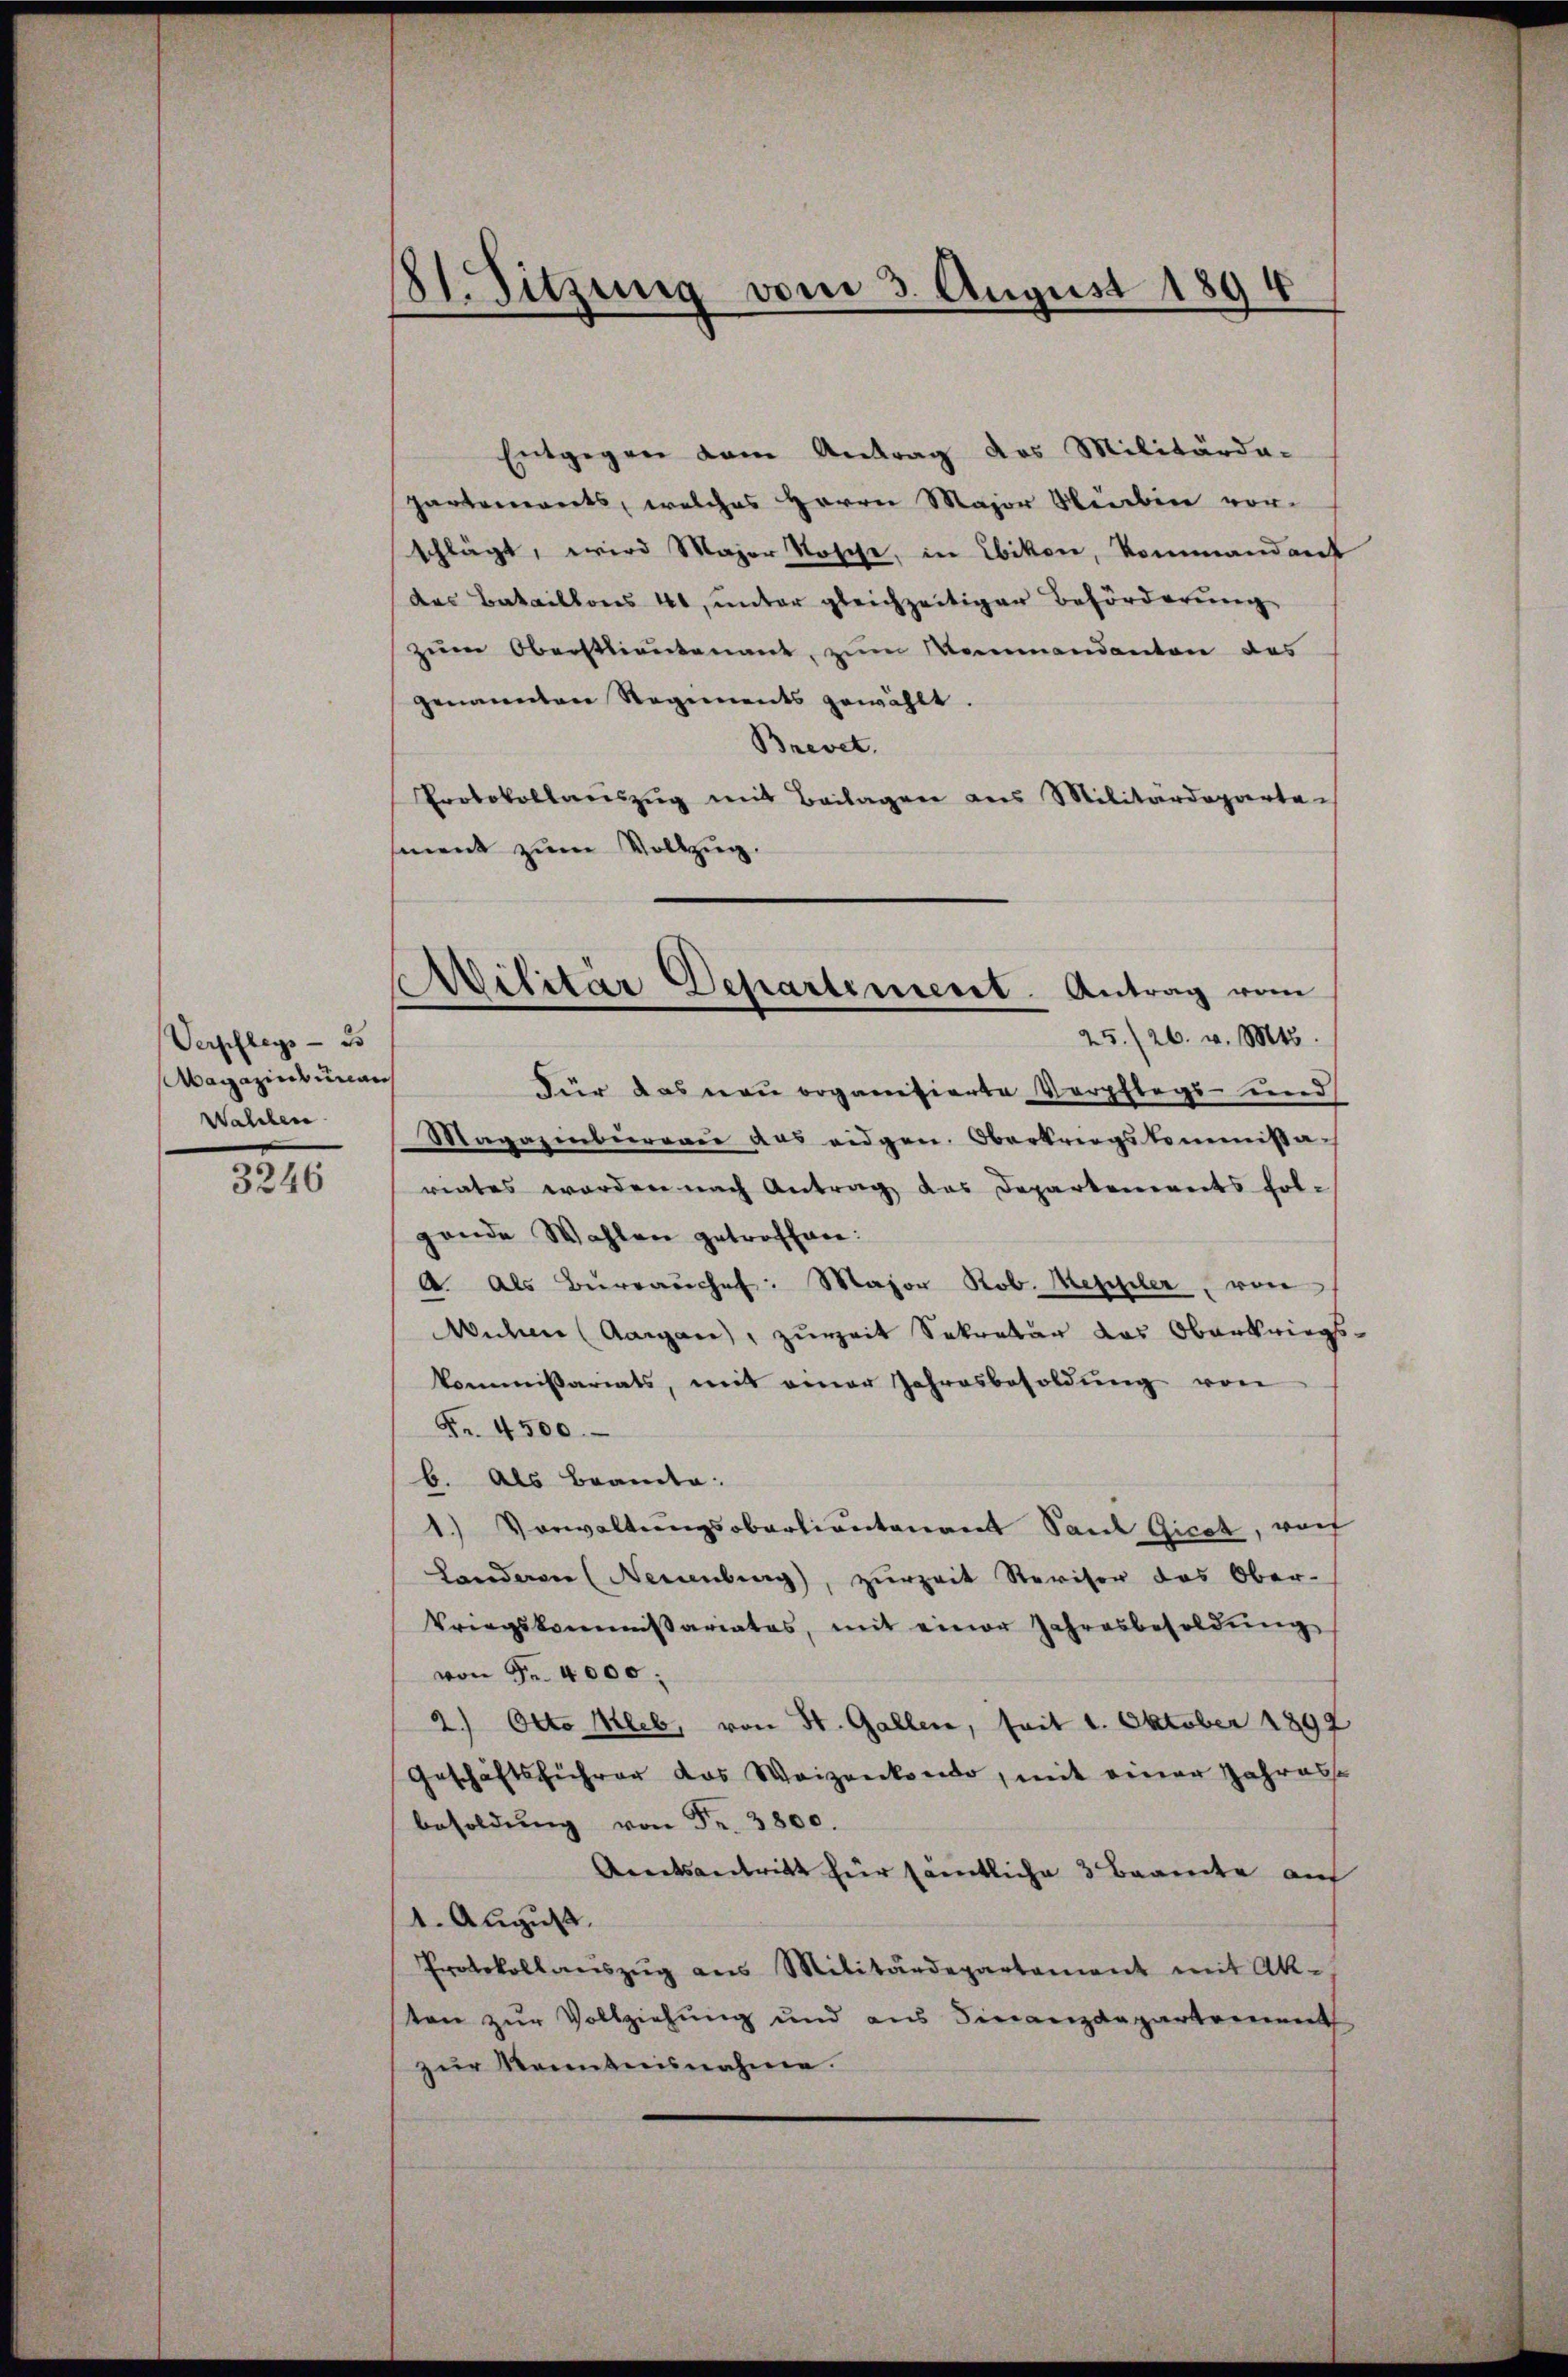
Verpflegs - 25
Magazins unan
Walchen

3246

81. Sitzung vom 3. August 1894

Entgegen vom Antrag des Militärda-
hartements, welches Herrn Major Neben vor-
schlägt, wird Major Rosche, in Ebikon, Kommandant
das Bataillons 41, unter gleichzeitiger Beförderung
zum Oberstlieutenant, zum Mommandanton des
genannten Regiments gewählt.
Brevet.
Protokollaŭszŭg mit Beilagen aus Militärdeparte
ment zum Vollzug.

Ailitär Departement Antrag vom
25./26. v. Mts.

Für das neu organisierte Verpflegs- und
Magazinsererer aus eidgen. Oberkriegskommissa-
riates worden nach Antrag das Departements fol-
gende Wahlen getroffen:
A. Als Büreaŭchef: Major Rob. Meppler, von
Wehner (Aargau, zureit Sekretär das Oberkriegskommissariats, mit einer Jahresbesoldung von
Fr. 4500.
b. Als Beamte:
1.) Vorwaltungsobartientenant Paul Gicch, woch
Landeren (Neuenburg, zŭrzeit Reviser das Ober-
Vriegskommissariates, mit einer Jahresbesoldung
von Fr. 4000.
2.) Otto Mleb, von St. Gallen, seit 1. Oktober 1899
Geschäftsführer das Waizenkondo, mit einer Jahresse
besoldŭng von Fr. 3800.
Aratsantritt für sämtliche 3 Baarente auf
1. August.
Protokollaŭszŭg ans Militärdepartament mit Ak-
ten zur Vollziehung und aus Finanzdepartement
zŭr Kenntnisnahme.